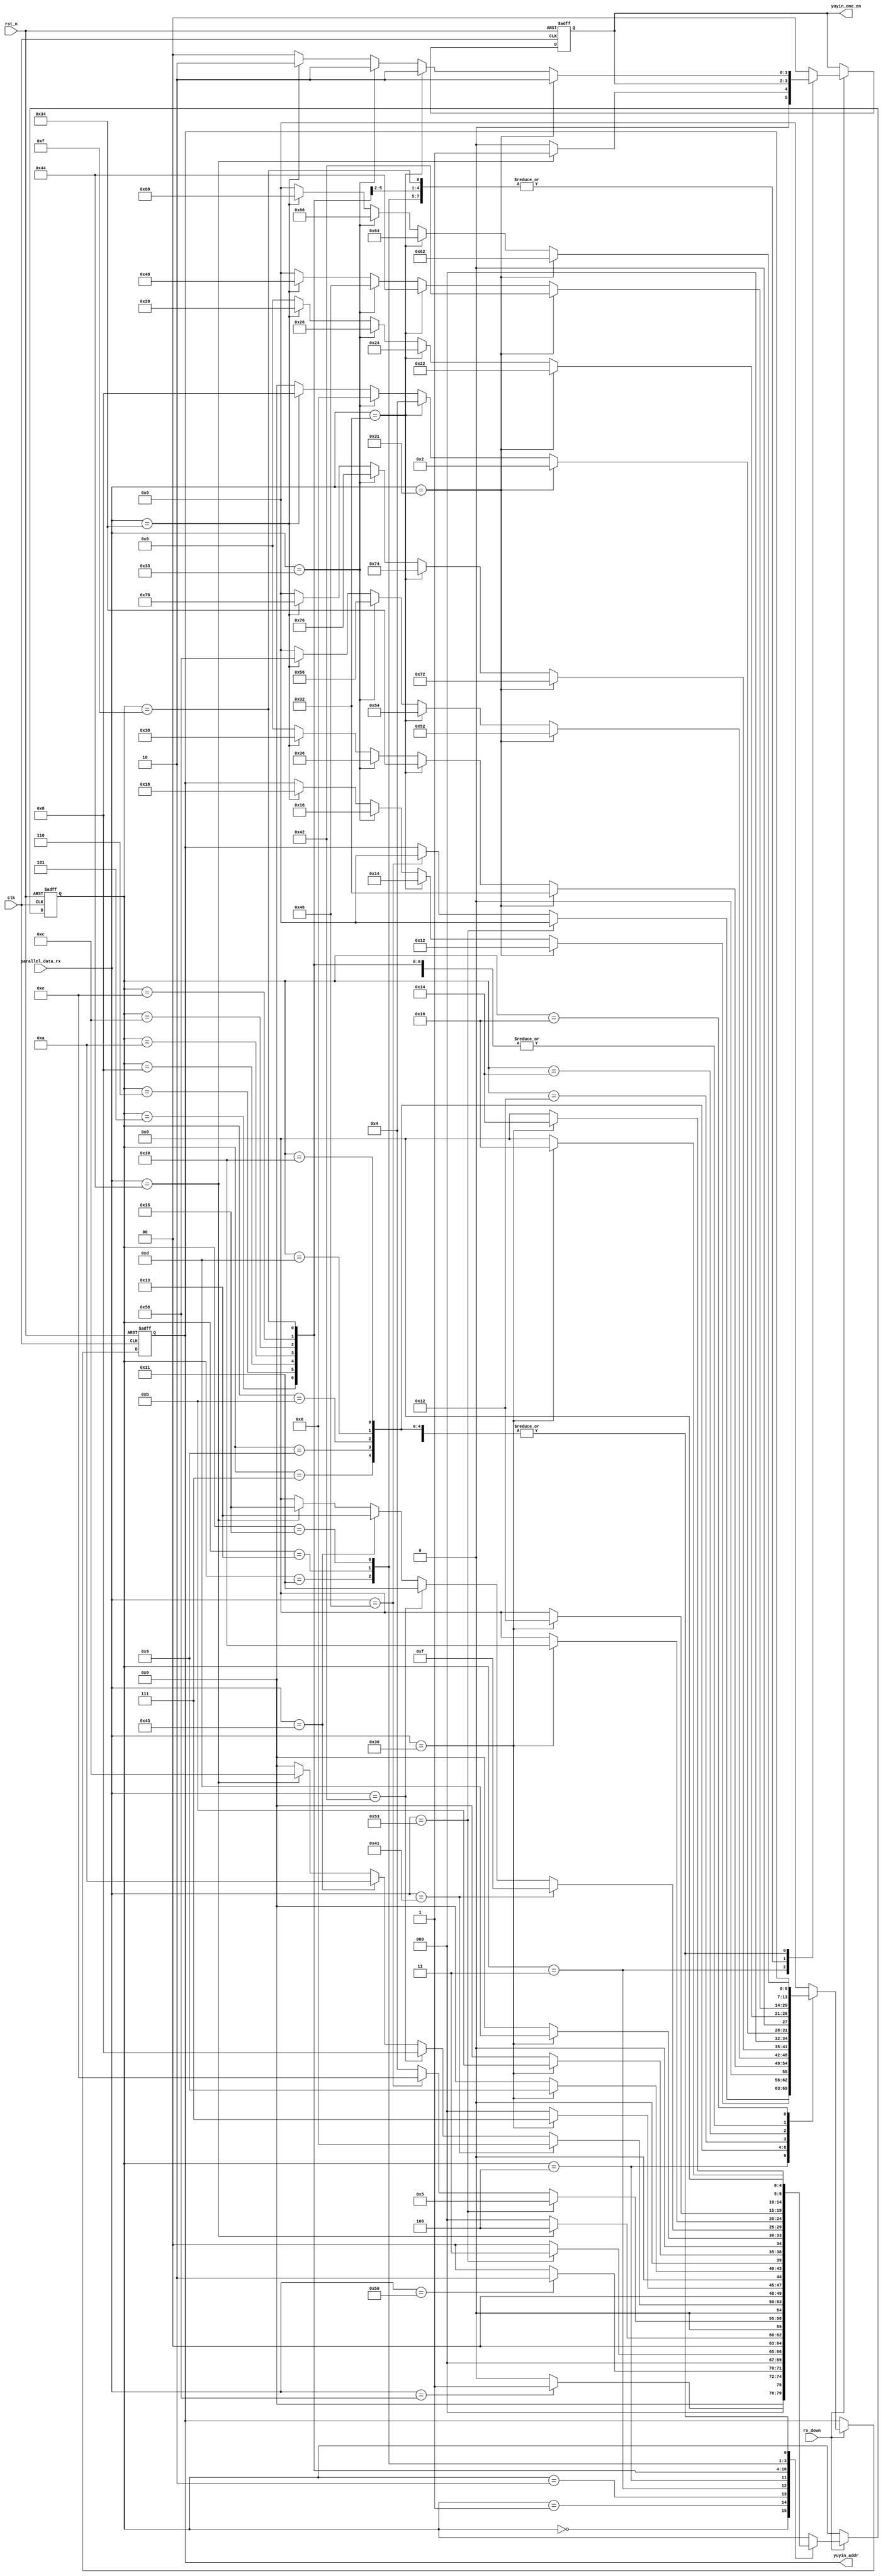
`timescale 1ns / 1ps
//////////////////////////////////////////////////////////////////////////////////
// Company: 
// Engineer: 
// 
// Design Name: 
// Module Name:    rx_data_reserve_judge 
// Project Name: 
// Target Devices: 
// Tool versions: 
// Description: 
//
// Dependencies: 
//
// Revision: 
// Revision 0.01 - File Created
// Additional Comments: 
//
//////////////////////////////////////////////////////////////////////////////////
//
module rx_data_reserve_judge(
    clk,rst_n,parallel_data_rx,rx_down,yuyin_addr,yuyin_one_en);
	input clk;            //
	input rst_n;          //
	input [7:0]parallel_data_rx;    //
	input rx_down;           //
	output reg [1:0]yuyin_one_en;
	output reg[6:0]yuyin_addr;
	
	reg [4:0]current_state;     //
	parameter S0=5'b00000,S1=5'b00001,S2=5'b00010,S3=5'b00011,S4=5'b00100,S5=5'b00101,S6=5'b00110,S7=5'b00111;     //
	parameter S8=5'b01000,S9=5'b01001,S10=5'b01010,S11=5'b01011,S12=5'b01100,S13=5'b01101,S14=5'b01110,S15=5'b01111,S16=5'b10000;
	parameter S17=5'b10001,S18=5'b10010,S19=5'b10011,S20=5'b10100,S21=5'b10101,S22=5'b10110;
	//
    always@(posedge clk or negedge rst_n )
	begin
	if(!rst_n)
	begin
	current_state<=S0;
	yuyin_one_en<=2'b00;
	yuyin_addr<=7'b000_000_0;
	end
	
	else if(rx_down==1'b1)
	begin
	case(current_state)
	S0:begin
		if(parallel_data_rx=="X")
			begin
			yuyin_one_en<=2'b00;
			yuyin_addr<=yuyin_addr;
		    current_state<=S1;
			end
		else
			begin
			yuyin_one_en<=2'b00;
			yuyin_addr<=yuyin_addr;
			current_state<=S0;
			end
	   end
	S1:begin
		yuyin_one_en<=2'b00;
		if(parallel_data_rx=="P")
			begin
	
		    current_state<=S2;
			end
		else
			begin
			
			current_state<=S0;
			end
	   end
	S2:begin
		yuyin_one_en<=2'b00;
		if(parallel_data_rx=="S")
			begin
			
		    current_state<=S3;
			end
		else
			begin
			
			current_state<=S0;
			end
	   end
	S3:begin
		if(parallel_data_rx=="D")
			begin
			yuyin_one_en<=2'b01;
		    current_state<=S4;
			end
		else
			begin
			yuyin_one_en<=2'b00;
			current_state<=S0;
			end
	   end   
	S4:begin
		yuyin_one_en<=2'b00;
		if(parallel_data_rx=="S")
			begin
			
			yuyin_addr<=7'b000_000_0;
		    current_state<=S5;
			end
		else if(parallel_data_rx=="F")
			begin
			
			yuyin_addr<=7'b000_000_0;
		    current_state<=S14;
			end
		else
			begin
			
			yuyin_addr<=yuyin_addr;
			current_state<=S4;
			end
	   end
	S5:begin
		yuyin_one_en<=2'b00;
		if(parallel_data_rx=="A")
			begin
			
		    current_state<=S6;
			end
		else if(parallel_data_rx=="B")
			begin
			
		    current_state<=S8;
			end
		else if(parallel_data_rx=="C")
			begin
			
		    current_state<=S10;
			end
		else if(parallel_data_rx=="D")
			begin
			
		    current_state<=S12;
			end
		else
			begin
			
			current_state<=S0;
			end
	   end
	S6:begin
		if(parallel_data_rx=="0")
			begin
			
		    current_state<=S7;
			end
		else
			begin
			
			current_state<=S0;
			end
	   end
	S7:begin
		if(parallel_data_rx=="1")       //
			begin
			
			yuyin_one_en<=2'b10;
			yuyin_addr<=7'b001_001_0;
		    current_state<=S0;
			end
		else if(parallel_data_rx=="2")
			begin
			
			yuyin_one_en<=2'b10;
			yuyin_addr<=7'b001_010_0;
		    current_state<=S0;
			end
		else if(parallel_data_rx=="3")
			begin
			
			yuyin_one_en<=2'b10;
			yuyin_addr<=7'b001_011_0;
		    current_state<=S0;
			end
		else if(parallel_data_rx=="4")
			begin
			
			yuyin_one_en<=2'b10;
			yuyin_addr<=7'b001_100_0;
		    current_state<=S0;
			end
		else
			begin
			yuyin_addr<=yuyin_addr;
			yuyin_one_en<=2'b00;
			current_state<=S0;
			end
	   end
	S8:begin
		if(parallel_data_rx=="0")
			begin
			
		    current_state<=S9;
			end
		else
			begin
			
			current_state<=S0;
			end
	   end
	S9:begin
		if(parallel_data_rx=="1")       //
			begin
			
			yuyin_one_en<=2'b10;
			yuyin_addr<=7'b011_001_0;
		    current_state<=S0;
			end
		else if(parallel_data_rx=="2")
			begin
			
			yuyin_one_en<=2'b10;
			yuyin_addr<=7'b011_010_0;
		    current_state<=S0;
			end
		else if(parallel_data_rx=="3")
			begin
			
			yuyin_one_en<=2'b10;
			yuyin_addr<=7'b011_011_0;
		    current_state<=S0;
			end
		else if(parallel_data_rx=="4")
			begin
			
			yuyin_one_en<=2'b10;
			yuyin_addr<=7'b011_100_0;
		    current_state<=S0;
			end
		else
			begin
			
			yuyin_one_en<=2'b00;
			yuyin_addr<=7'b000_000_0;
			current_state<=S0;
			end
	   end
	S10:begin
		if(parallel_data_rx=="0")
			begin
			
		    current_state<=S11;
			end
		else
			begin
			
			current_state<=S0;
			end
	   end
	S11:begin
		if(parallel_data_rx=="1")       //
			begin
			yuyin_one_en<=2'b10;
			yuyin_addr<=7'b101_001_0;
		    current_state<=S0;
			end
		else if(parallel_data_rx=="2")
			begin
			
			yuyin_one_en<=2'b10;
			yuyin_addr<=7'b101_010_0;
		    current_state<=S0;
			end
		else if(parallel_data_rx=="3")
			begin
			
			yuyin_one_en<=2'b10;
			yuyin_addr<=7'b101_011_0;
		    current_state<=S0;
			end
		else if(parallel_data_rx=="4")
			begin
			
			yuyin_one_en<=2'b10;
			yuyin_addr<=7'b101_100_0;
		    current_state<=S0;
			end
		else
			begin
			
			yuyin_one_en<=2'b00;
			yuyin_addr<=7'b000_000_0;
			current_state<=S0;
			end
	   end
    S12:begin
		if(parallel_data_rx=="0")
			begin
			
		    current_state<=S13;
			end
		else
			begin
			
			current_state<=S0;
			end
	   end
	S13:begin
		if(parallel_data_rx=="1")       //
			begin
			
			yuyin_one_en<=2'b10;
			yuyin_addr<=7'b111_001_0;
		    current_state<=S0;
			end
		else if(parallel_data_rx=="2")
			begin
			
			yuyin_one_en<=2'b10;
			yuyin_addr<=7'b111_010_0;
		    current_state<=S0;
			end
		else if(parallel_data_rx=="3")
			begin
			
			yuyin_one_en<=2'b10;
			yuyin_addr<=7'b111_011_0;
		    current_state<=S0;
			end
		else if(parallel_data_rx=="4")
			begin
			
			yuyin_one_en<=2'b10;
			yuyin_addr<=7'b111_100_0;
		    current_state<=S0;
			end
		else
			begin
			
			yuyin_one_en<=2'b00;
			yuyin_addr<=7'b000_000_0;
			current_state<=S0;
			end
	   end
	S14:begin
		yuyin_one_en<=2'b00;
		if(parallel_data_rx=="A")
			begin
			
		    current_state<=S15;
			end
		else if(parallel_data_rx=="B")
			begin
			
		    current_state<=S17;
			end
		else if(parallel_data_rx=="C")
			begin
			
		    current_state<=S19;
			end
		else if(parallel_data_rx=="D")
			begin
			
		    current_state<=S21;
			end
		else
			begin
			
			current_state<=S0;
			end
	   end
	S15:begin
		if(parallel_data_rx=="0")
			begin
			
		    current_state<=S16;
			end
		else
			begin
			
			current_state<=S0;
			end
	   end
	S16:begin
		if(parallel_data_rx=="1")       //
			begin
			
			yuyin_one_en<=2'b10;
			yuyin_addr<=7'b000_001_0;
		    current_state<=S0;
			end
		else if(parallel_data_rx=="2")
			begin
			
			yuyin_one_en<=2'b10;
			yuyin_addr<=7'b000_010_0;
		    current_state<=S0;
			end
		else if(parallel_data_rx=="3")
			begin
			
			yuyin_one_en<=2'b10;
			yuyin_addr<=7'b000_011_0;
		    current_state<=S0;
			end
		else if(parallel_data_rx=="4")
			begin
			
			yuyin_one_en<=2'b10;
			yuyin_addr<=7'b000_100_0;
		    current_state<=S0;
			end
		else
			begin
			
			yuyin_one_en<=2'b00;
			yuyin_addr<=7'b000_000_0;
			current_state<=S0;
			end
	   end
	S17:begin
		if(parallel_data_rx=="0")
			begin
			
		    current_state<=S18;
			end
		else
			begin
			
			current_state<=S0;
			end
	   end
	S18:begin
		if(parallel_data_rx=="1")       //
			begin
			
			yuyin_one_en<=2'b10;
			yuyin_addr<=7'b010_001_0;
		    current_state<=S0;
			end
		else if(parallel_data_rx=="2")
			begin
			
			yuyin_one_en<=2'b10;
			yuyin_addr<=7'b010_010_0;
		    current_state<=S0;
			end
		else if(parallel_data_rx=="3")
			begin
			
			yuyin_one_en<=2'b10;
			yuyin_addr<=7'b010_011_0;
		    current_state<=S0;
			end
		else if(parallel_data_rx=="4")
			begin
			
			yuyin_one_en<=2'b10;
			yuyin_addr<=7'b010_100_0;
		    current_state<=S0;
			end
		else
			begin
			yuyin_one_en<=2'b00;
			yuyin_addr<=7'b000_000_0;
			current_state<=S0;
			end
	   end
	S19:begin
		if(parallel_data_rx=="0")
			begin
		    current_state<=S20;
			end
		else
			begin
			current_state<=S0;
			end
	   end
	S20:begin
		if(parallel_data_rx=="1")       //
			begin
			
			yuyin_one_en<=2'b10;
			yuyin_addr<=7'b100_001_0;
		    current_state<=S0;
			end
		else if(parallel_data_rx=="2")
			begin
			
			yuyin_one_en<=2'b10;
			yuyin_addr<=7'b100_010_0;
		    current_state<=S0;
			end
		else if(parallel_data_rx=="3")
			begin
			
			yuyin_one_en<=2'b10;
			yuyin_addr<=7'b100_011_0;
		    current_state<=S0;
			end
		else if(parallel_data_rx=="4")
			begin
			
			yuyin_one_en<=2'b10;
			yuyin_addr<=7'b100_100_0;
		    current_state<=S0;
			end
		else
			begin
			
			yuyin_one_en<=2'b00;
			yuyin_addr<=7'b000_000_0;
			current_state<=S0;
			end
	   end
    S21:begin
		if(parallel_data_rx=="0")
			begin
			
		    current_state<=S22;
			end
		else
			begin
			
			current_state<=S0;
			end
	   end
	S22:begin
		if(parallel_data_rx=="1")       //
			begin
			
			yuyin_one_en<=2'b10;
			yuyin_addr<=7'b110_001_0;
		    current_state<=S0;
			end
		else if(parallel_data_rx=="2")
			begin
			
			yuyin_one_en<=2'b10;
			yuyin_addr<=7'b110_010_0;
		    current_state<=S0;
			end
		else if(parallel_data_rx=="3")
			begin
			
			yuyin_one_en<=2'b10;
			yuyin_addr<=7'b110_011_0;
		    current_state<=S0;
			end
		else if(parallel_data_rx=="4")
			begin
			
			yuyin_one_en<=2'b10;
			yuyin_addr<=7'b110_100_0;
		    current_state<=S0;
			end
		else
			begin
			
			yuyin_one_en<=2'b00;
			yuyin_addr<=7'b000_000_0;
			current_state<=S0;
			end
	   end
	default:begin
		    current_state<=current_state;
		    yuyin_addr<=7'b000_000_0;
			yuyin_one_en<=2'b00;
		    end
	endcase
	end
	
	else
		begin
		current_state<=current_state;
		yuyin_addr<=yuyin_addr;
		end
	end



endmodule